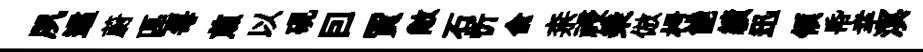
夙遹蔚區每煎以硯囙賈敞石忻兪柰祲乗倣枵能績迅領帋幸溟